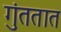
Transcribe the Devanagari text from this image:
गुंततात